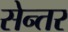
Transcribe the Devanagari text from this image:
सेन्तर